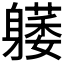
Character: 𰹇